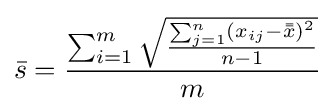
{\bar {s}}={\frac {\sum _{i=1}^{m}{\sqrt {\frac {\sum _{j=1}^{n}\left(x_{ij}-{\bar {\bar {x}}}\right)^{2}}{n-1}}}}{m}}